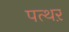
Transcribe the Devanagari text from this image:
पत्थऱ